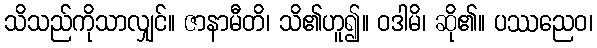
သိသည်ကိုသာလျှင်။ ဇာနာမီတိ၊ သိ၏ဟူ၍။ ဝဒါမိ၊ ဆို၏။ ပဿညေဝ၊